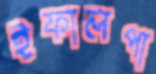
ইফালপা